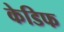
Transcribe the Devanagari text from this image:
केडिफ